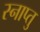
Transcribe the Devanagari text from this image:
स्नाप्तु